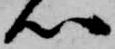
心